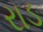
રાડ